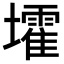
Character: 𡓘